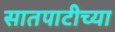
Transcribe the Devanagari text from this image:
सातपाटीच्या